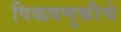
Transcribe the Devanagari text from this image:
पिळवणुकीचे